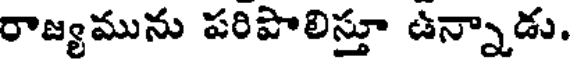
రాజ్యమును పరిపొలిస్తూ ఉన్నాడు.